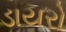
ડાયરો